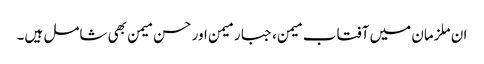
ان ملزمان میں آفتاب میمن، جبار میمن اور حسن میمن بھی شامل ہیں۔